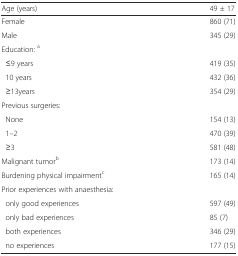
<table><thead><tr><td><b>Age (years)</b></td><td><b>49 ± 17</b></td></tr></thead><tbody><tr><td>Female</td><td>860 (71)</td></tr><tr><td>Male</td><td>345 (29)</td></tr><tr><td>Education: <sup>a</sup></td><td></td></tr><tr><td> ≤9 years</td><td>419 (35)</td></tr><tr><td> 10 years</td><td>432 (36)</td></tr><tr><td> ≥13years</td><td>354 (29)</td></tr><tr><td>Previous surgeries:</td><td></td></tr><tr><td> None</td><td>154 (13)</td></tr><tr><td> 1–2</td><td>470 (39)</td></tr><tr><td> ≥3</td><td>581 (48)</td></tr><tr><td>Malignant tumor<sup>b</sup></td><td>173 (14)</td></tr><tr><td>Burdening physical impairment<sup>c</sup></td><td>165 (14)</td></tr><tr><td>Prior experiences with anaesthesia:</td><td></td></tr><tr><td> only good experiences</td><td>597 (49)</td></tr><tr><td> only bad experiences</td><td>85 (7)</td></tr><tr><td> both experiences</td><td>346 (29)</td></tr><tr><td> no experiences</td><td>177 (15)</td></tr></tbody></table>